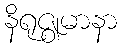
နိရုဇ္ဈမာနာ